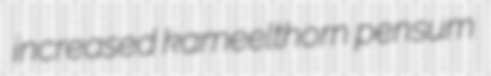
increased kameelthorn pensum